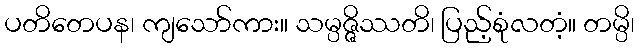
ပတိတေပန၊ ကျသော်ကား။ သမ္ပဇ္ဇိဿတိ၊ ပြည့်စုံလတံ့။ တမ္ပိ၊